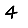
Digit: 4